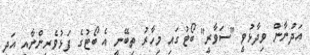
އަދުނާން ވިދާޅުވީ "ސަވާރީ" ބޯޓުގައި މިހާރު ތިބޭނީ އެ ބޯޓުގެ ފަޅުވެރިންނާއި އަދި